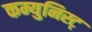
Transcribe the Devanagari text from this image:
कम्युनिस्ट्